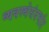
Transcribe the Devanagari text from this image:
व्यवस्थेसंदर्भात